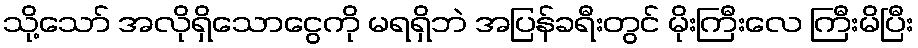
သို့သော် အလိုရှိသောငွေကို မရရှိဘဲ အပြန်ခရီးတွင် မိုးကြီးလေ ကြီးမိပြီး